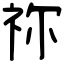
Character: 祢